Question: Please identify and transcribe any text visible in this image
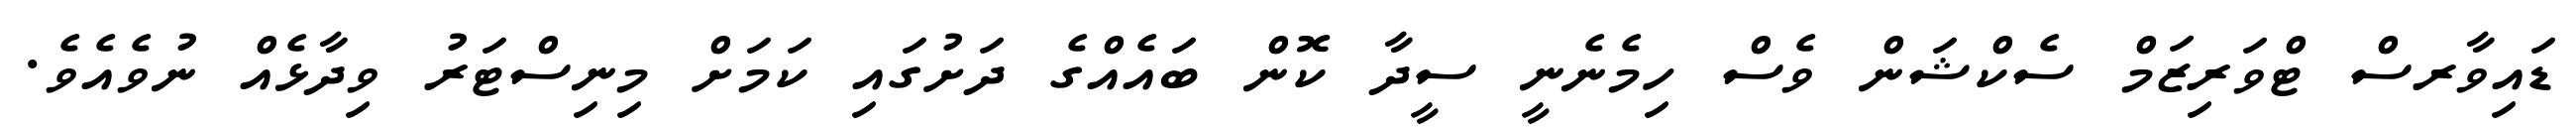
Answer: ޑައިވާރސް ޓްވަރިޒަމް ސެކްޝަން ވެސް ހިމެނެނީ ސީދާ ކޮން ބައެއްގެ ދަށުގައި ކަމަށް މިނިސްޓަރު ވިދާޅެއް ނުވެއެވެ.